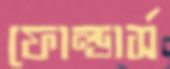
ফোল্ডার্স